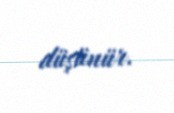
düşünür.